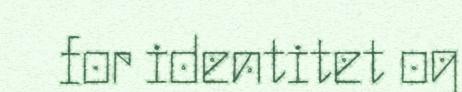
for identitet og